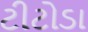
ટીટોડા